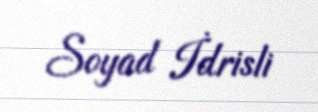
Soyad İdrisli